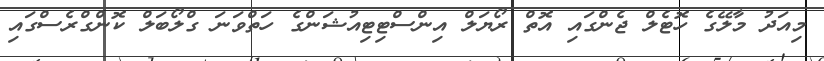
މިއަދު މާލޭގެ ހޮޓެލް ޖެންގައި އޮތް ރޯޔަލް އިންސްޓިޓިއުޝަންގެ ހަތްވަނަ ގްލޯބަލް ކޮންގްރެސްގައި